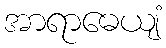
အာရာဓေယျံ